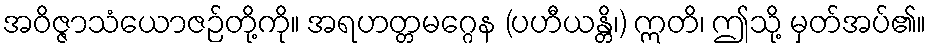
အဝိဇ္ဇာသံယောဇဉ်တို့ကို။ အရဟတ္တမဂ္ဂေန (ပဟီယန္တိ၊) ဣတိ၊ ဤသို့ မှတ်အပ်၏။